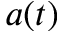
a ( t )